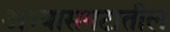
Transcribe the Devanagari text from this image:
अभ्यासगटातील